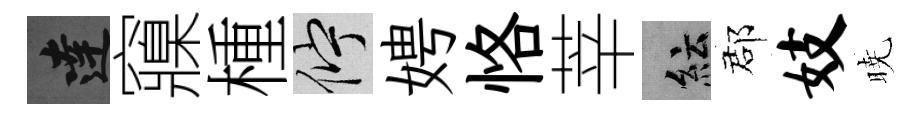
達䆿㮔伫娉恪莘紜郡妓暁